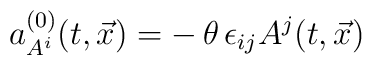
a^{(0)}_{A^i} (t,\vec x) = -\, \theta\, \epsilon_{ij} A^j (t,\vec x)